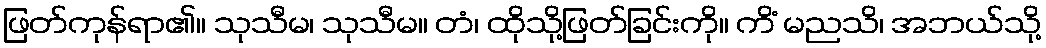
ဖြတ်ကုန်ရာ၏။ သုသီမ၊ သုသီမ။ တံ၊ ထိုသို့ဖြတ်ခြင်းကို။ ကိံ မညသိ၊ အဘယ်သို့